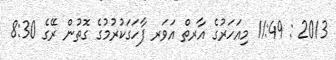
2013 : 11:49 މިއަހަރުގެ އާރތް އަވަރ ފާހަގަކުރުމުގެ ގޮތުން ރޭގެ 8:30